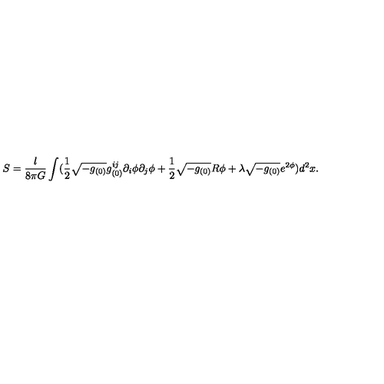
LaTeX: S = \frac { l } { 8 \pi G } \int ( \frac { 1 } { 2 } \sqrt { - g _ { ( 0 ) } } g _ { ( 0 ) } ^ { i j } \partial _ { i } \phi \partial _ { j } \phi + \frac { 1 } { 2 } \sqrt { - g _ { ( 0 ) } } R \phi + \lambda \sqrt { - g _ { ( 0 ) } } e ^ { 2 \phi } ) d ^ { 2 } x .